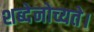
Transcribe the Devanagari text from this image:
शब्देनोच्यते।